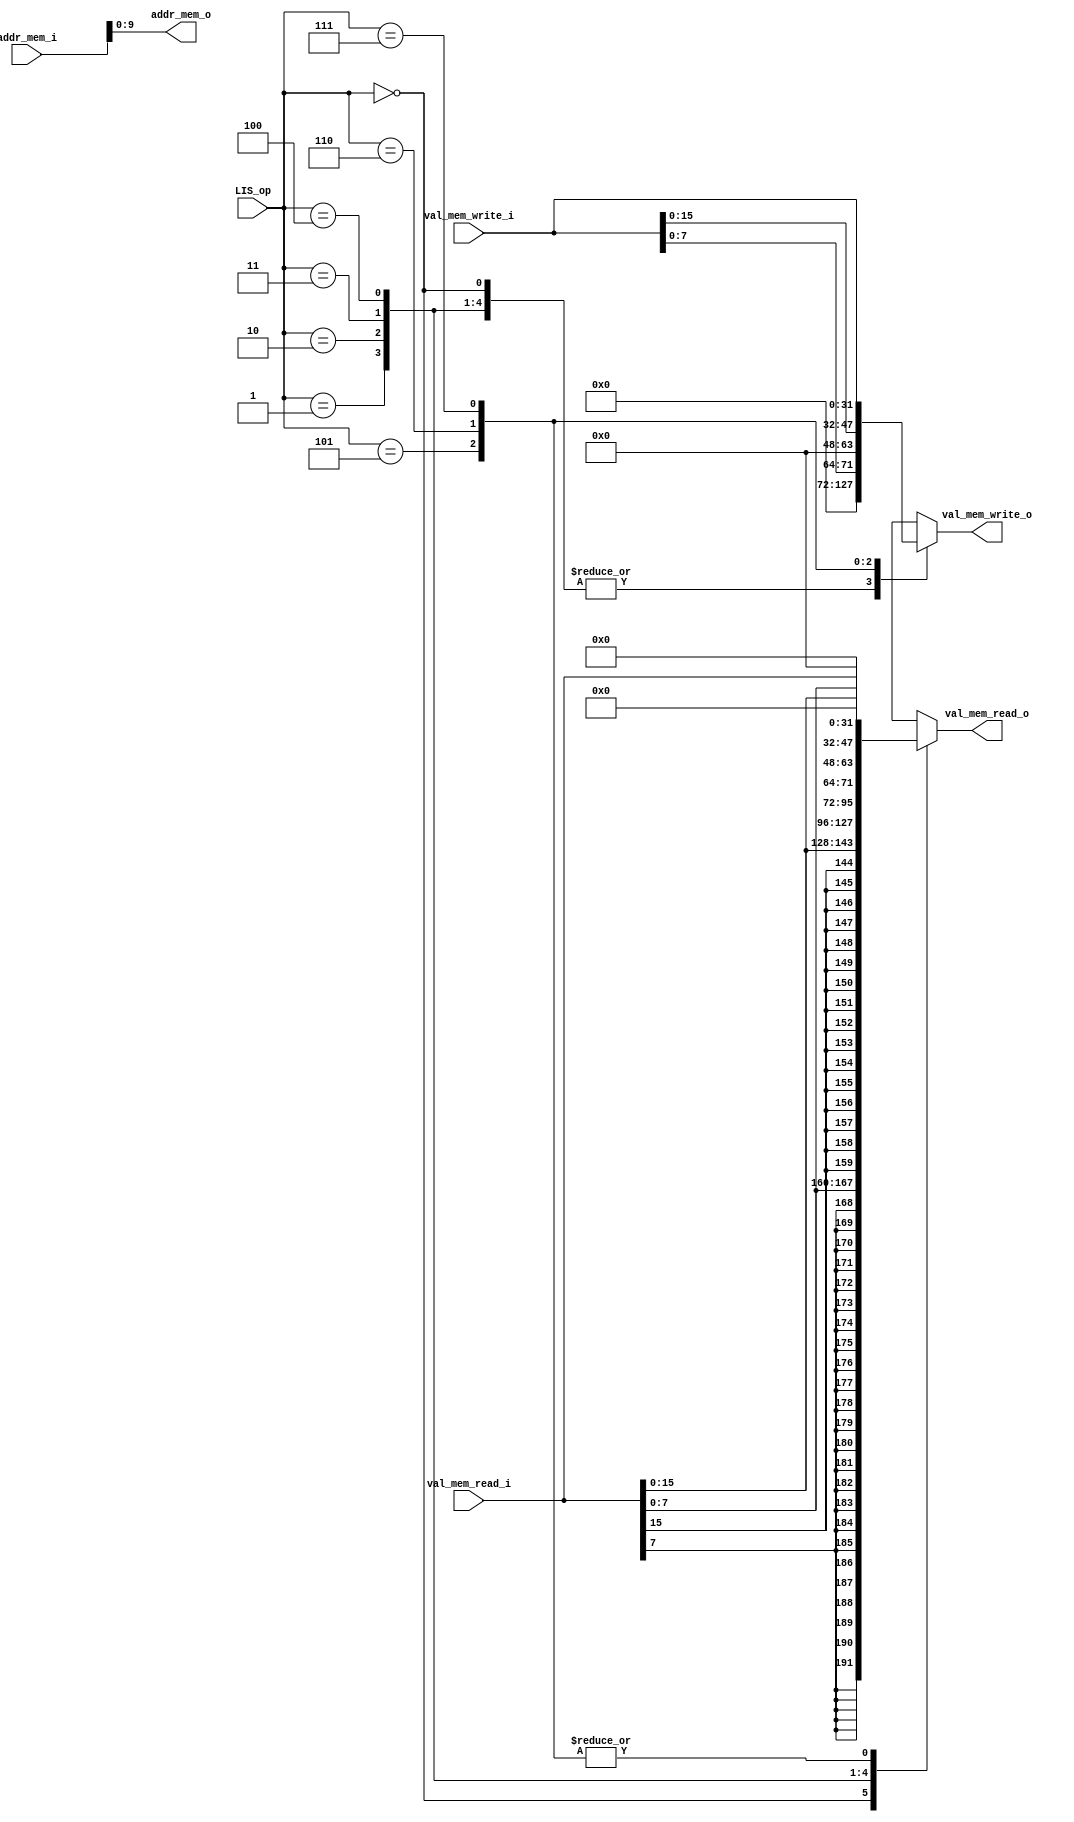
// Load-store moduele

`default_nettype none
`timescale 1ns/1ps

`ifdef CUSTOM_DEFINE
	`include "../../defines.vh"
`endif

module lis `ifdef CUSTOM_DEFINE
		#(parameter LIS_OP_WIDTH = `LIS_OP_WIDTH, 
		parameter DATA_WIDTH = `REG_DATA_WIDTH,
        parameter MEM_ADDR_WIDTH = `MEM_ADDR_WIDTH,
		parameter LIS_LB = `LIS_LB,
        parameter LIS_LH = `LIS_LH,
        parameter LIS_LW = `LIS_LW,
        parameter LIS_LBU = `LIS_LBU,
        parameter LIS_LHU = `LIS_LHU,
        parameter LIS_SB = `LIS_SB,
        parameter LIS_SH = `LIS_SH,
        parameter LIS_SW = `LIS_SW) 
	`else
		#(parameter LIS_OP_WIDTH = 3, 
		parameter DATA_WIDTH = 32,
        parameter MEM_ADDR_WIDTH = 10,  // TODO: Separar en localparams
		parameter LIS_LB = 0,
        parameter LIS_LH = 1,
        parameter LIS_LW = 2,
        parameter LIS_LBU = 3,
        parameter LIS_LHU = 4,
        parameter LIS_SB = 5,
        parameter LIS_SH = 6,
        parameter LIS_SW = 7) 
	`endif
    (
        input [LIS_OP_WIDTH-1:0]       LIS_op,
        input [DATA_WIDTH-1:0]      val_mem_write_i,
        output reg [DATA_WIDTH-1:0]      val_mem_write_o,
        input [DATA_WIDTH-1:0]      val_mem_read_i,
        output reg [DATA_WIDTH-1:0]      val_mem_read_o,
        input [DATA_WIDTH-1:0]      addr_mem_i,
        output [MEM_ADDR_WIDTH-1:0]      addr_mem_o
    );

    assign addr_mem_o = addr_mem_i[MEM_ADDR_WIDTH-1:0];
    //assign val_mem_read_o = val_mem_read_i;

    //reg [DATA_WIDTH-1:0]      val_mem_read_o;  // Quartus
    //reg [DATA_WIDTH-1:0]      val_mem_write_o;  // Quartus


	always @ * begin
        val_mem_read_o = {DATA_WIDTH{1'b0}};
        val_mem_write_o = {DATA_WIDTH{1'b0}};
		case(LIS_op)
			LIS_LB:  val_mem_read_o = { {DATA_WIDTH - 8 {val_mem_read_i[7]}}, val_mem_read_i[7:0] };  // Load 8-bit value from addr in rs1 plus the 12-bit signed immediate and place sign-extended result into rd
			LIS_LH:  val_mem_read_o = { {DATA_WIDTH - 16 {val_mem_read_i[15]}}, val_mem_read_i[15:0] };  // Load 16-bit value from addr in rs1 plus the 12-bit signed immediate and place sign-extended result into rd
			LIS_LW:  val_mem_read_o = val_mem_read_i;  // Load 32-bit value from addr in rs1 plus the 12-bit signed immediate and place sign-extended result into rd
			LIS_LBU:  val_mem_read_o = { {DATA_WIDTH - 8 {1'b0}}, val_mem_read_i[7:0] };	// Load 8-bit value from addr in rs1 plus the 12-bit signed immediate and place zero-extended result into rd
			LIS_LHU: val_mem_read_o = { {DATA_WIDTH - 16 {1'b0}}, val_mem_read_i[15:0] };   // Load 16-bit value from addr in rs1 plus the 12-bit signed immediate and place zero-extended result into rd
			LIS_SB: val_mem_write_o = { {DATA_WIDTH - 8 {1'b0}}, val_mem_write_i[7:0] };  // sb         "Store 8-bit value from the low bits of rs2 to addr in rs1 plus the 12-bit signed immediate"
            LIS_SH: val_mem_write_o = { {DATA_WIDTH - 16 {1'b0}}, val_mem_write_i[15:0] };  // sh         "Store 16-bit value from the low bits of rs2 to addr in rs1 plus the 12-bit signed immediate"
            LIS_SW: val_mem_write_o = val_mem_write_i;  // sw         "Store 32-bit value from the low bits of rs2 to addr in rs1 plus the 12-bit signed immediate"
            default: begin
                val_mem_read_o = {DATA_WIDTH{1'b0}};
                val_mem_write_o = {DATA_WIDTH{1'b0}};
            end
		endcase
    end
endmodule

`default_nettype wire